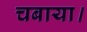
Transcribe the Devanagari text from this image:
चबाया।